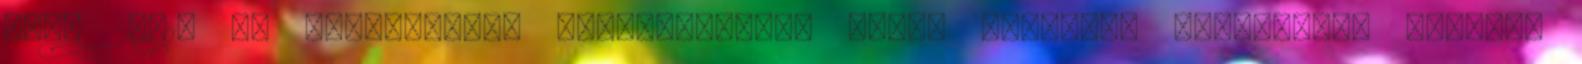
vár. 29715 Az ötcsillagos luxusszálloda Dubai szívében található, melynek